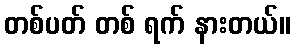
တစ်ပတ် တစ် ရက် နားတယ်။